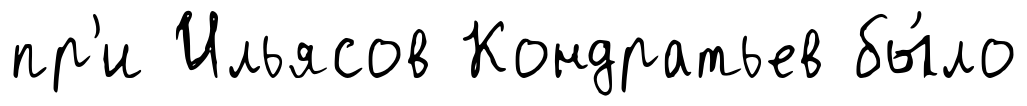
пр'и Ильясов Кондратьев бы́ло